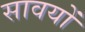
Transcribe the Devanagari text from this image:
सावयों